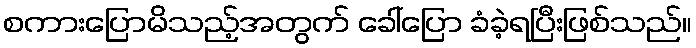
စကားပြောမိသည့်အတွက် ခေါ်ပြော ခံခဲ့ရပြီးဖြစ်သည်။